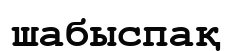
шабыспақ